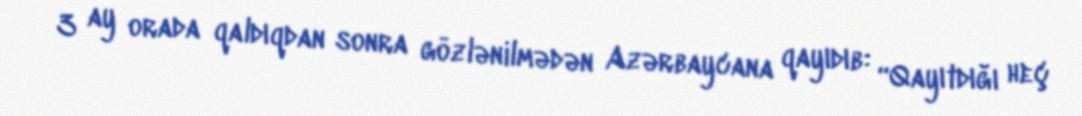
3 ay orada qaldıqdan sonra gözlənilmədən Azərbaycana qayıdıb: “Qayıtdığı heç